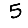
Digit: 5